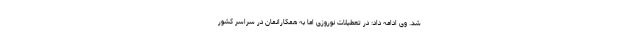
شد. وی ادامه داد:‌ در تعطیلات نوروزی اما به همکارانمان در سراسر کشور